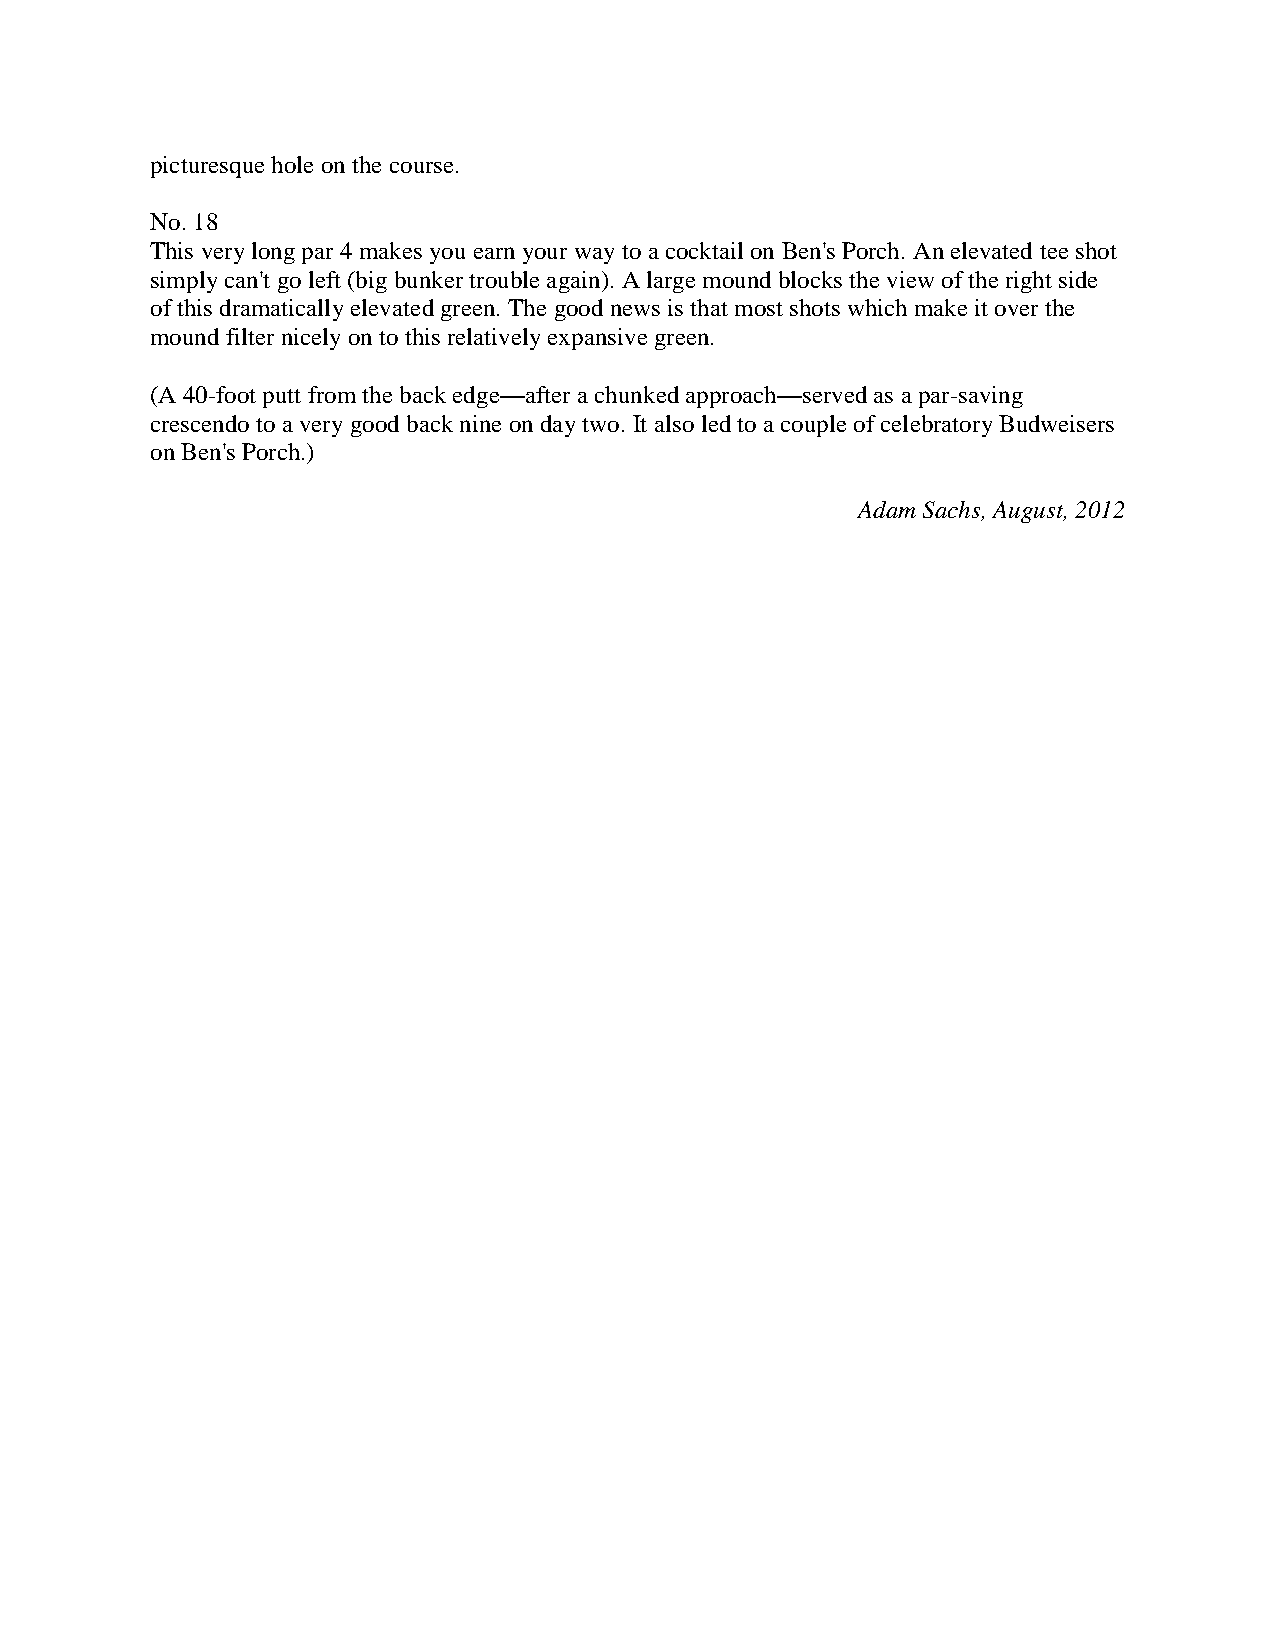
picturesque hole on the course.
 No. 18
 This very long par 4 makes you earn your way to a cocktail on Ben's Porch. An elevated tee shot
 simply can't go left (big bunker trouble again). A large mound blocks the view of the right side
 of this dramatically elevated green. The good news is that most shots which make it over the
 mound filter nicely on to this relatively expansive green.
 (A 40-foot putt from the back edge—after a chunked approach—served as a par-saving
 crescendo to a very good back nine on day two. It also led to a couple of celebratory Budweisers
 on Ben's Porch.)
 Adam Sachs, August, 2012